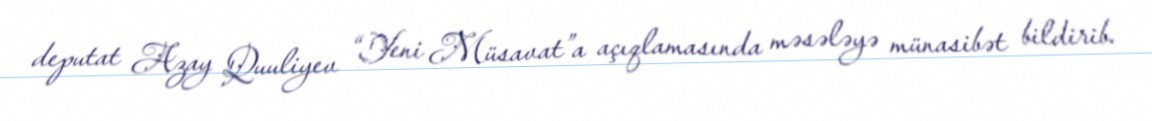
deputat Azay Quuliyev “Yeni Müsavat”a açıqlamasında məsələyə münasibət bildirib.